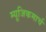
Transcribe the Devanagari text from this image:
म्यूजिकमार्च